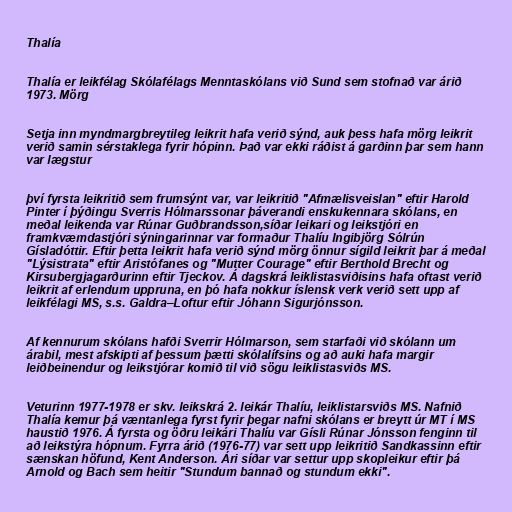
Thalía

Thalía er leikfélag Skólafélags Menntaskólans við Sund sem stofnað var árið
1973. Mörg

Setja inn myndmargbreytileg leikrit hafa verið sýnd, auk þess hafa mörg leikrit
verið samin sérstaklega fyrir hópinn. Það var ekki ráðist á garðinn þar sem hann
var lægstur

því fyrsta leikritið sem frumsýnt var, var leikritið "Afmælisveislan" eftir Harold
Pinter í þýðingu Sverris Hólmarssonar þáverandi enskukennara skólans, en
meðal leikenda var Rúnar Guðbrandsson,síðar leikari og leikstjóri en
framkvæmdastjóri sýningarinnar var formaður Thalíu Ingibjörg Sólrún
Gísladóttir. Eftir þetta leikrit hafa verið sýnd mörg önnur sígild leikrit þar á meðal
"Lýsistrata" eftir Aristófanes og "Mutter Courage" eftir Berthold Brecht og
Kirsubergjagarðurinn eftir Tjeckov. Á dagskrá leiklistasviðisins hafa oftast verið
leikrit af erlendum uppruna, en þó hafa nokkur íslensk verk verið sett upp af
leikfélagi MS, s.s. Galdra–Loftur eftir Jóhann Sigurjónsson.

Af kennurum skólans hafði Sverrir Hólmarson, sem starfaði við skólann um
árabil, mest afskipti af þessum þætti skólalífsins og að auki hafa margir
leiðbeinendur og leikstjórar komið til við sögu leiklistasviðs MS.

Veturinn 1977-1978 er skv. leikskrá 2. leikár Thalíu, leiklistarsviðs MS. Nafnið
Thalía kemur þá væntanlega fyrst fyrir þegar nafni skólans er breytt úr MT í MS
haustið 1976. Á fyrsta og öðru leikári Thalíu var Gísli Rúnar Jónsson fenginn til
að leikstýra hópnum. Fyrra árið (1976-77) var sett upp leikritið Sandkassinn eftir
sænskan höfund, Kent Anderson. Ári síðar var settur upp skopleikur eftir þá
Arnold og Bach sem heitir "Stundum bannað og stundum ekki".